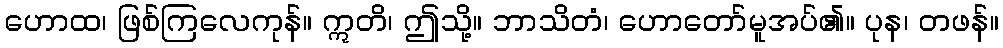
ဟောထ၊ ဖြစ်ကြလေကုန်။ ဣတိ၊ ဤသို့။ ဘာသိတံ၊ ဟောတော်မူအပ်၏။ ပုန၊ တဖန်။